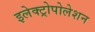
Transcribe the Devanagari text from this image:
इलेक्ट्रोपोलेशन